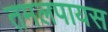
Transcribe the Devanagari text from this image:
तमलपायस